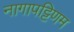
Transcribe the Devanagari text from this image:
नागापट्टिणम